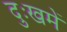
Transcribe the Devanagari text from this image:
दुःखमें